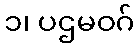
၁၊ ပဌမဝဂ်